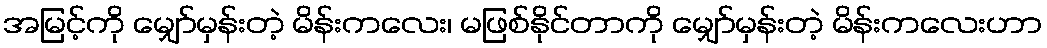
အမြင့်ကို မျှော်မှန်းတဲ့ မိန်းကလေး၊ မဖြစ်နိုင်တာကို မျှော်မှန်းတဲ့ မိန်းကလေးဟာ